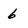
Character: 6